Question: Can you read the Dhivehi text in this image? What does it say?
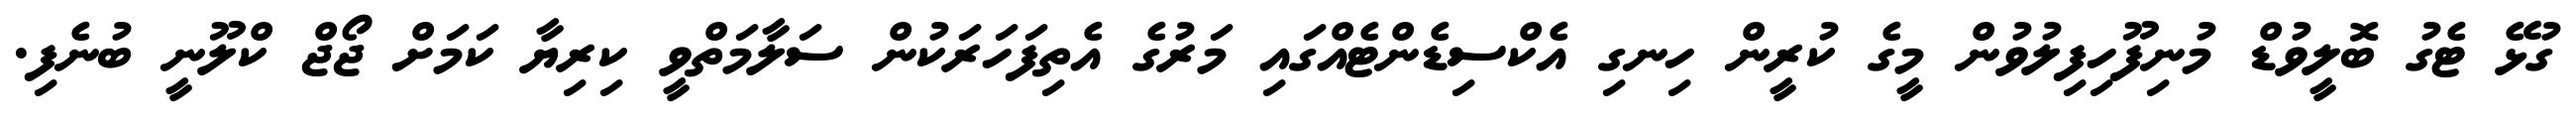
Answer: ގުޅޭ ޓެގު ބޮލީވުޑް މުނިފޫހިފިލުވުން މީގެ ކުރީން ހިނގި އެކްސިޑެންޓެއްގައި މަރުގެ އެތިފަހަރަކުން ސަލާމަތްވީ ކިރިޔާ ކަމަށް ޖޯޖް ކްލޫނީ ބުނެފި.